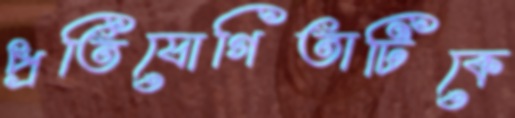
প্রতিযোগিতাটিকে